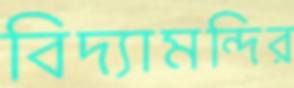
বিদ্যামন্দির